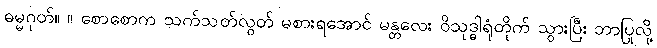
ဓမ္မဂုတ်။ ။ စောစောက သက်သတ်လွတ် မစားရအောင် မန္တလေး ဝိသုဒ္ဓါရုံတိုက် သွားပြီး ဘာပြုလို့